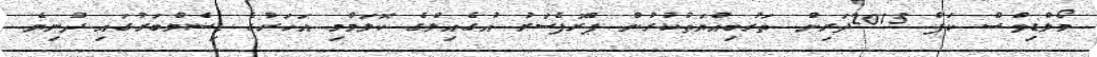
މޯލްޑިވްސް ކަޕް 2015ދަރިން ތަރުބިއްޔަތުކުރުން ޕްރޮފެސަރު އުގެއިލްގެ ކޮލަމްމި އަހަރުގެ ޑިސެމްބަރުގައި ދުނިޔެ